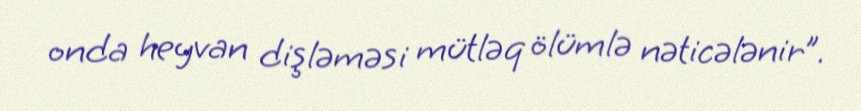
onda heyvan dişləməsi mütləq ölümlə nəticələnir”.